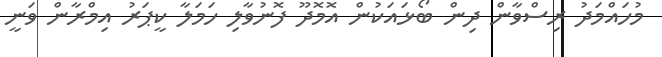
މުހައްމަދު ރިސްވާން ދިން ބޯޅައަކުން އޮމޮދޫ ފޮނުވާލި ހަމަލާ ކީޕަރު އިމްރާން ވަނީ